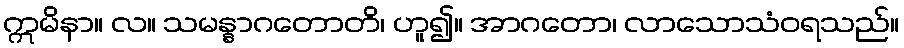
ဣမိနာ။ လ။ သမန္နာဂတောတိ၊ ဟူ၍။ အာဂတော၊ လာသောသံဝရသည်။